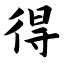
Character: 得